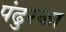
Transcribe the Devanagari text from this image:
पंढुरका